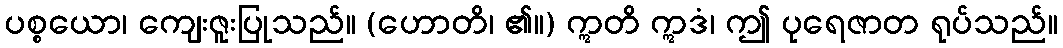
ပစ္စယော၊ ကျေးဇူးပြုသည်။ (ဟောတိ၊ ၏။) ဣတိ ဣဒံ၊ ဤ ပုရေဇာတ ရုပ်သည်။